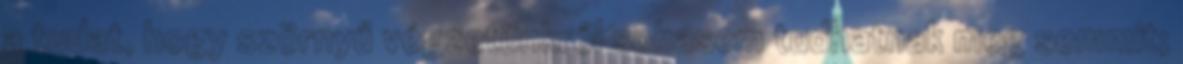
a tudat, hogy szörnyű végzetünkről sohasem tudhatnak meg semmit;